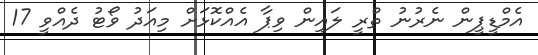
އެމްޑީޕީން ނެރުނު ތްރީ ލައިން ވިޕާ އެއްކޮޅަށް މިއަދު ވޯޓު ދެއްވީ 17